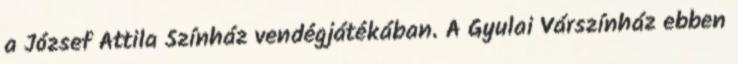
a József Attila Színház vendégjátékában. A Gyulai Várszínház ebben